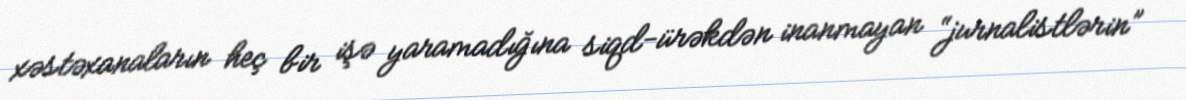
xəstəxanaların heç bir işə yaramadığına siqd-ürəkdən inanmayan “jurnalistlərin”